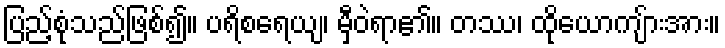
ပြည့်စုံသည်ဖြစ်၍။ ပရိစရေယျ၊ မှီဝဲရာ၏။ တဿ၊ ထိုယောကျ်ားအား။